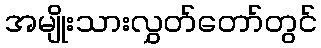
အမျိုးသားလွှတ်တော်တွင်